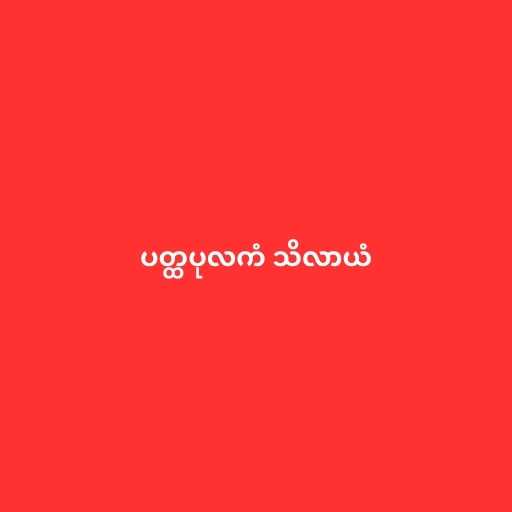
ပတ္ထပုလကံ သိလာယံ